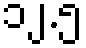
၁၂.၅